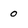
Character: 0